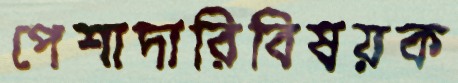
পেশাদারিবিষয়ক